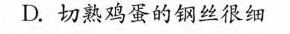
D.切熟鸡蛋的钢丝很细